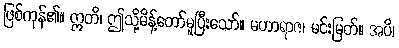
ဖြစ်ကုန်၏။ ဣတိ၊ ဤသို့မိန့်တော်မူပြီးသော်။ မဟာရာဇ၊ မင်းမြတ်။ အပိ၊